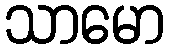
သာမော